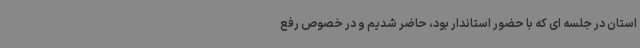
استان در جلسه ای که با حضور استاندار بود، حاضر شدیم و در خصوص رفع